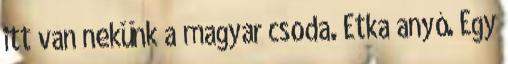
itt van nekünk a magyar csoda. Etka anyó. Egy